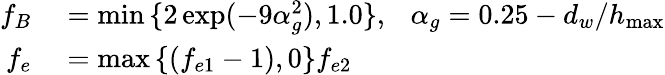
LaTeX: \begin{array}{rl}{f_{B}}&{{}=\operatorname*{min}{\{ 2\exp(-9\alpha_{g}^{2}),1.0\} },\ \ \ \alpha_{g}=0.25-d_{w}/h_{\operatorname*{max}}}\\ {f_{e}}&{{}=\operatorname*{max}{\{ (f_{e1}-1),0\} }f_{e2}}\end{array}